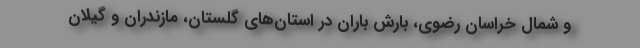
و شمال خراسان رضوی، بارش باران در استان‌های گلستان، مازندران و گیلان